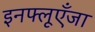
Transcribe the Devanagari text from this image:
इनफ्लूएँजा